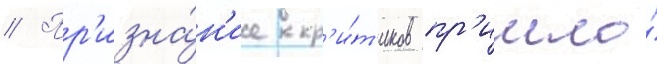
// Пр'изна́н'ие кр'и́т'иков пр'ишло́